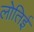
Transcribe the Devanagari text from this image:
लोतिई